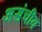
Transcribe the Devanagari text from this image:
असंचीय